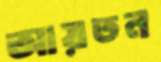
আয়তন